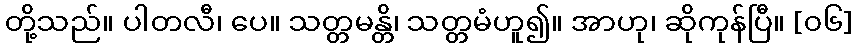
တို့သည်။ ပါတလီ၊ ပေ။ သတ္တမန္တိ၊ သတ္တမံဟူ၍။ အာဟု၊ ဆိုကုန်ပြီ။ [၀၆]